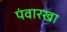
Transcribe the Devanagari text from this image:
पंवारखा